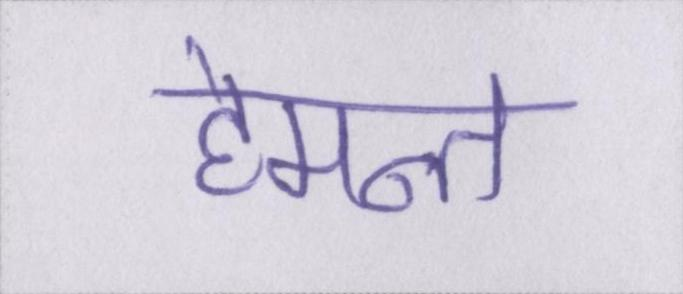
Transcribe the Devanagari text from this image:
हेमन्त